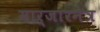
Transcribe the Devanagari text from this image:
मार्जारनेत्र